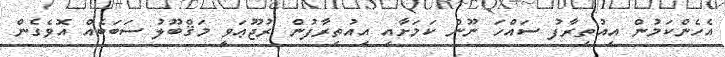
އެހެންކަމުން އިއުތިރާފު ސައްހަ ނޫން ކަމަށާއި އިއުތިރާފުން ރުޖޫޢަވީ މަޤްބޫލު ސަބަބެއް އޮވެގެން